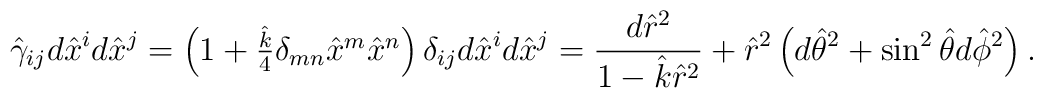
\hat{\gamma}_{ij}d\hat{x}^id\hat{x}^j=\left(1+\textstyle{\hat{k}\over 4}\delta_{mn}\hat{x}^m\hat{x}^n\right)\delta_{ij}d\hat{x}^id\hat{x}^j={{d\hat{r}^2}\over{1-\hat{k}\hat{r}^2}}+\hat{r}^2\left(d\hat{\theta}^2+\sin^2\hat{\theta}d\hat{\phi}^2\right).